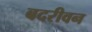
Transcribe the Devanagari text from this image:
बदरीवन